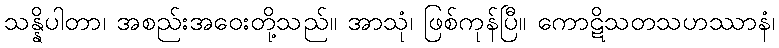
သန္နိပါတာ၊ အစည်းအဝေးတို့သည်။ အာသုံ၊ ဖြစ်ကုန်ပြီ။ ကောဋိသတသဟဿာနံ၊